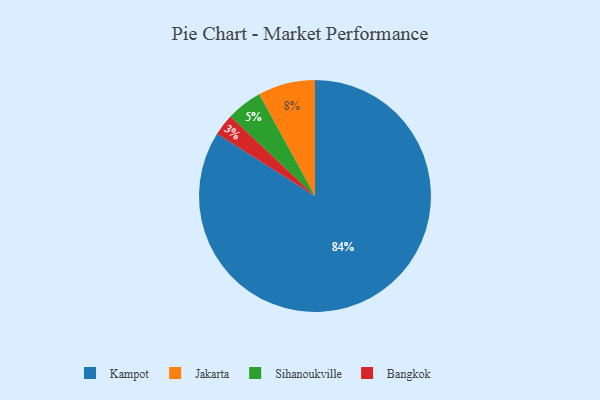
{"axis": {"x": "Category", "y": "Percentage"}, "legend": ["Bangkok", "Jakarta", "Kampot", "Sihanoukville"], "data": [{"x": "Bangkok", "y": 3, "type": "Bangkok"}, {"x": "Sihanoukville", "y": 5, "type": "Sihanoukville"}, {"x": "Kampot", "y": 84, "type": "Kampot"}, {"x": "Jakarta", "y": 8, "type": "Jakarta"}]}